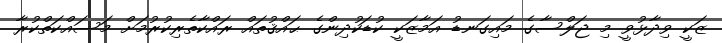
ޒަކީ ވިދާޅުވީ މި ޖަލްސާގެ މައިގަނޑު އަމާޒަކީ ކުޑަކުދިންގެ ޙައްޤުތައް ރައްކާތެރިކުރުމަށް މަސައްކަތްކުރާ